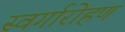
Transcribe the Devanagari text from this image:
स्‍वर्गारोहण